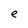
Character: e